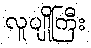
လူပျိုကြီး